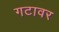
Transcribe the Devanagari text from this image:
गटावर